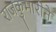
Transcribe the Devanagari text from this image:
राजकुमारीने